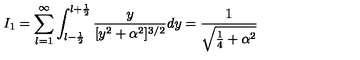
I _ { 1 } = \sum _ { l = 1 } ^ { \infty } \int _ { l - \frac { 1 } { 2 } } ^ { l + \frac { 1 } { 2 } } \frac { y } { [ y ^ { 2 } + \alpha ^ { 2 } ] ^ { 3 / 2 } } d y = \frac { 1 } { \sqrt { \frac { 1 } { 4 } + \alpha ^ { 2 } } }